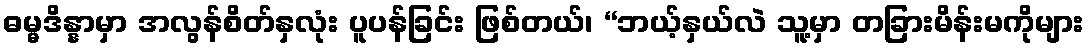
ဓမ္မဒိန္နာမှာ အလွန်စိတ်နှလုံး ပူပန်ခြင်း ဖြစ်တယ်၊ “ဘယ့်နှယ်လဲ သူ့မှာ တခြားမိန်းမကိုများ